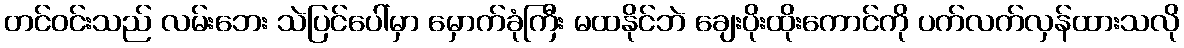
တင်ဝင်းသည် လမ်းဘေး သဲပြင်ပေါ်မှာ မှောက်ခုံကြီး မထနိုင်ဘဲ ချေးပိုးထိုးကောင်ကို ပက်လက်လှန်ထားသလို